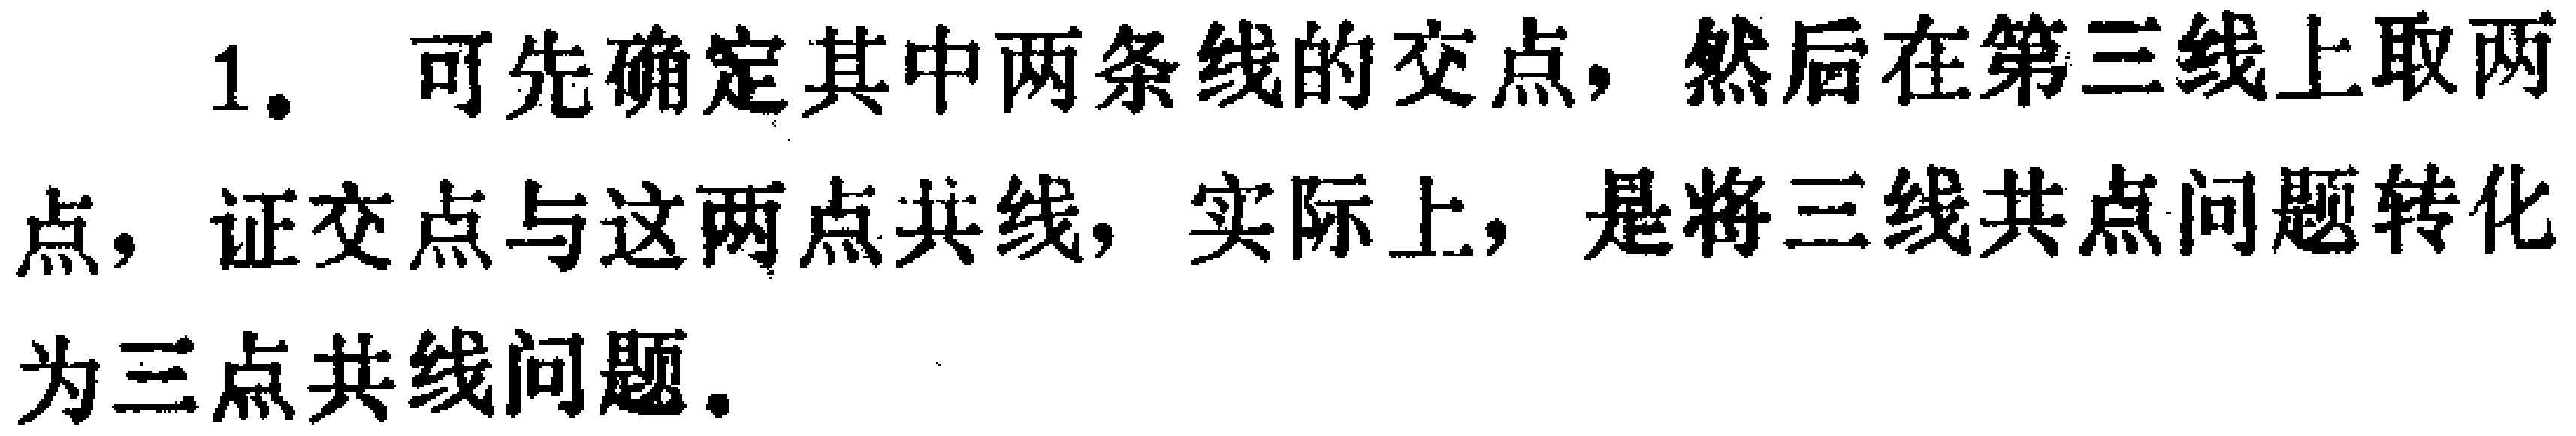
1. 可先确定其中两条线的交点，然后在第三线上取两点，证交点与这两点共线，实际上，是将三线共点问题转化为三点共线问题。